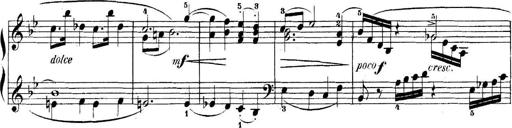
Title: 5 Sonatinas
Composer: Theodor Kirchner